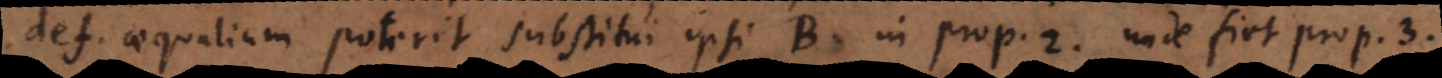
def. aequalium poterit substitui ipsi B in prop. 2, unde fiet prop. 3.